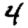
Digit: 4